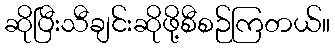
ဆိုပြီးသီချင်းဆိုဖို့စီစဉ်ကြတယ်။